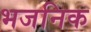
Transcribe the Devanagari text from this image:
भजनिक